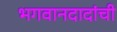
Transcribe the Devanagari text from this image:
भगवानदादांची